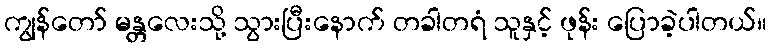
ကျွန်တော် မန္တလေးသို့ သွားပြီးနောက် တခါတရံ သူနှင့် ဖုန်း ပြောခဲ့ပါတယ်။